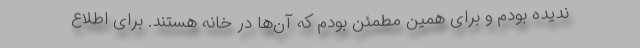
ندیده بودم و برای همین مطمئن بودم که آن‌ها در خانه هستند. برای اطلاع